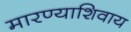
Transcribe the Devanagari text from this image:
मारण्याशिवाय